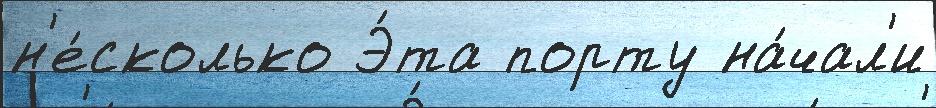
н'е́сколько Э́та порту на́чал'и